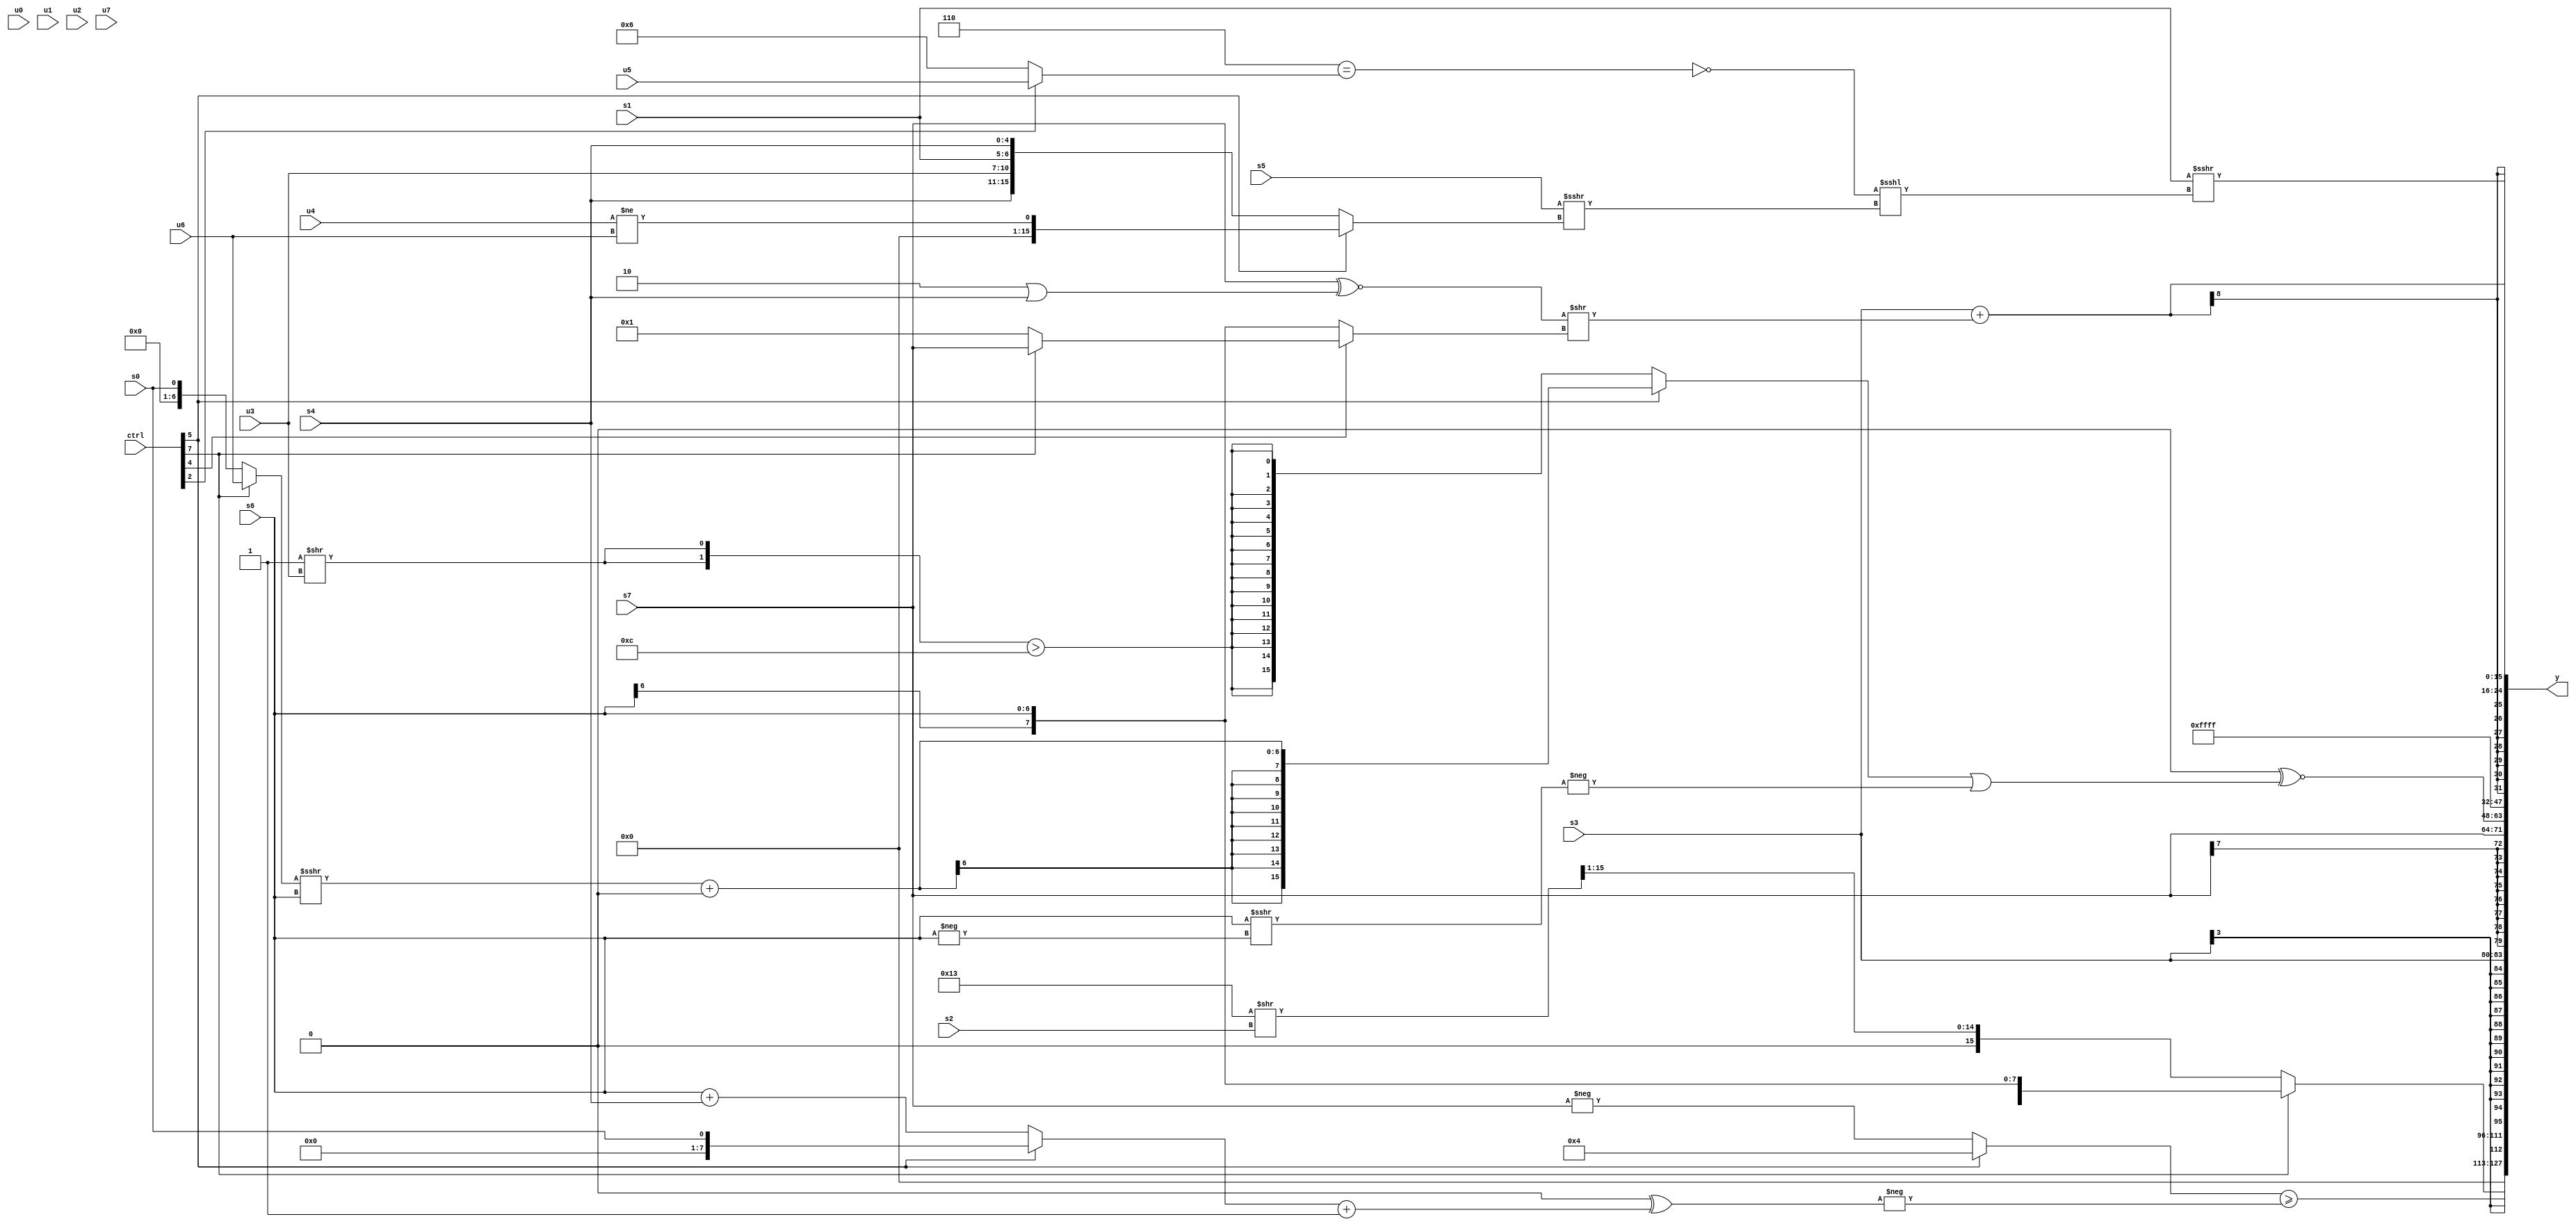
module wideexpr_00989(ctrl, u0, u1, u2, u3, u4, u5, u6, u7, s0, s1, s2, s3, s4, s5, s6, s7, y);
  input [7:0] ctrl;
  input [0:0] u0;
  input [1:0] u1;
  input [2:0] u2;
  input [3:0] u3;
  input [4:0] u4;
  input [5:0] u5;
  input [6:0] u6;
  input [7:0] u7;
  input signed [0:0] s0;
  input signed [1:0] s1;
  input signed [2:0] s2;
  input signed [3:0] s3;
  input signed [4:0] s4;
  input signed [5:0] s5;
  input signed [6:0] s6;
  input signed [7:0] s7;
  output [127:0] y;
  wire [15:0] y0;
  wire [15:0] y1;
  wire [15:0] y2;
  wire [15:0] y3;
  wire [15:0] y4;
  wire [15:0] y5;
  wire [15:0] y6;
  wire [15:0] y7;
  assign y = {y0,y1,y2,y3,y4,y5,y6,y7};
  assign y0 = ((ctrl[5]?3'sb100:-(s7)))>=(-((((ctrl[1]?$unsigned(4'sb0010):(4'b0011)^(1'sb1)))<<(5'sb11000))^(((ctrl[5]?s0:(s6)+(s4)))+($signed(1'b1)))));
  assign y1 = (ctrl[7]?s6:((5'sb10011)>>($signed(s2)))>>(1'sb1));
  assign y2 = s3;
  assign y3 = s7;
  assign y4 = (1'sb0)^~(((ctrl[5]?$signed((((ctrl[7]?u6:s0))>>>($unsigned(s6)))+(((6'b000000)&(s0))>>((3'sb010)-(3'b010)))):$signed(({2{(1'sb1)>>(u3)}})>(5'b01100))))|($signed(-($signed((s6)>>>(-(s6)))))));
  assign y5 = 4'sb1111;
  assign y6 = (s3)+($signed((($signed(s7))^~((2'sb10)|(s4)))>>((ctrl[4]?(ctrl[7]?s7:2'sb01):s6))));
  assign y7 = (s1)>>>((!(-((6'sb000110)==((ctrl[2]?u5:3'sb110)))))<<<((s5)>>>(+((ctrl[5]?(u4)!=(u6):{s4,u3,s1,s4})))));
endmodule